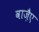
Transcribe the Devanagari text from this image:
वाजै़ए